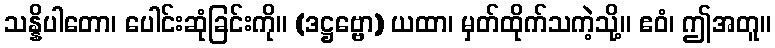
သန္နိပါတော၊ ပေါင်းဆုံခြင်းကို။ (ဒဋ္ဌဗ္ဗော) ယထာ၊ မှတ်ထိုက်သကဲ့သို့။ ဧဝံ၊ ဤအတူ။